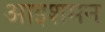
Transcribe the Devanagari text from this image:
आइशमन